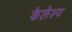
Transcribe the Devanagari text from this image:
केलेल्य